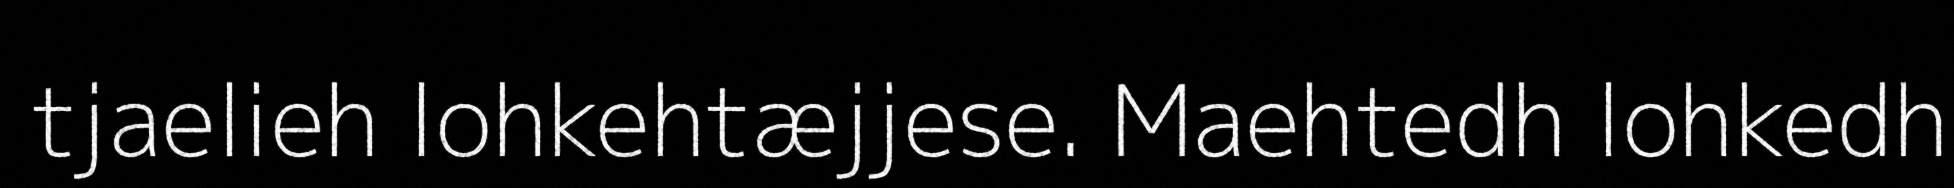
tjaelieh lohkehtæjjese. Maehtedh lohkedh